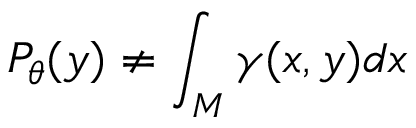
P _ { \theta } ( y ) \neq \int _ { M } \gamma ( x , y ) d x